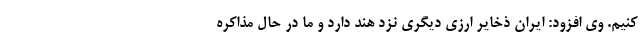
کنیم. وی افزود: ایران ذخایر ارزی دیگری نزد هند دارد و ما در حال مذاکره